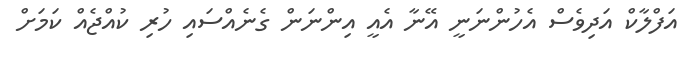
އަފްލާކް އަދިވެސް އެހުންނަނީ އޭނާ އެއީ އިންނަން ގެނެއްސައި ހުރި ކުއްޖެއް ކަމަށް